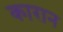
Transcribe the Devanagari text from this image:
कारान